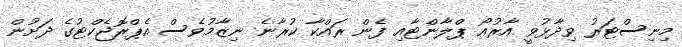
މިނިސްޓަރު ވިދާޅުވީ އާރުއޯ ޕްލާންޓާއި ފެން ރައްކާ ކުރާނެ ނިޒާމުވެސް އެޕްރޮޖެކްޓުގެ ދަށުން